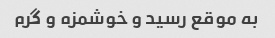
به موقع رسید و خوشمزه و گرم